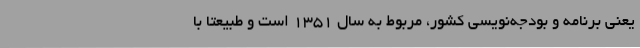
یعنی برنامه و بودجه‌نویسی کشور، مربوط به سال 1351 است و طبیعتا با